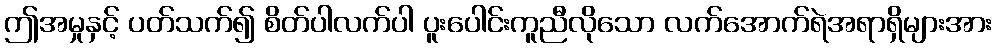
ဤအမှုနှင့် ပတ်သက်၍ စိတ်ပါလက်ပါ ပူးပေါင်းကူညီလိုသော လက်အောက်ရဲအရာရှိများအား